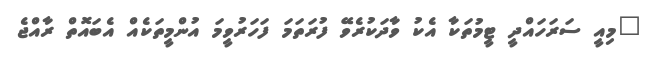
"މިއީ ސަރަހައްދީ ޓީމުތަކާ އެކު ވާދަކުރެވޭ ފުރަތަމަ ފަހަރުވީމަ އުންމީތަކެއް އެބައޮތް ރާއްޖެ